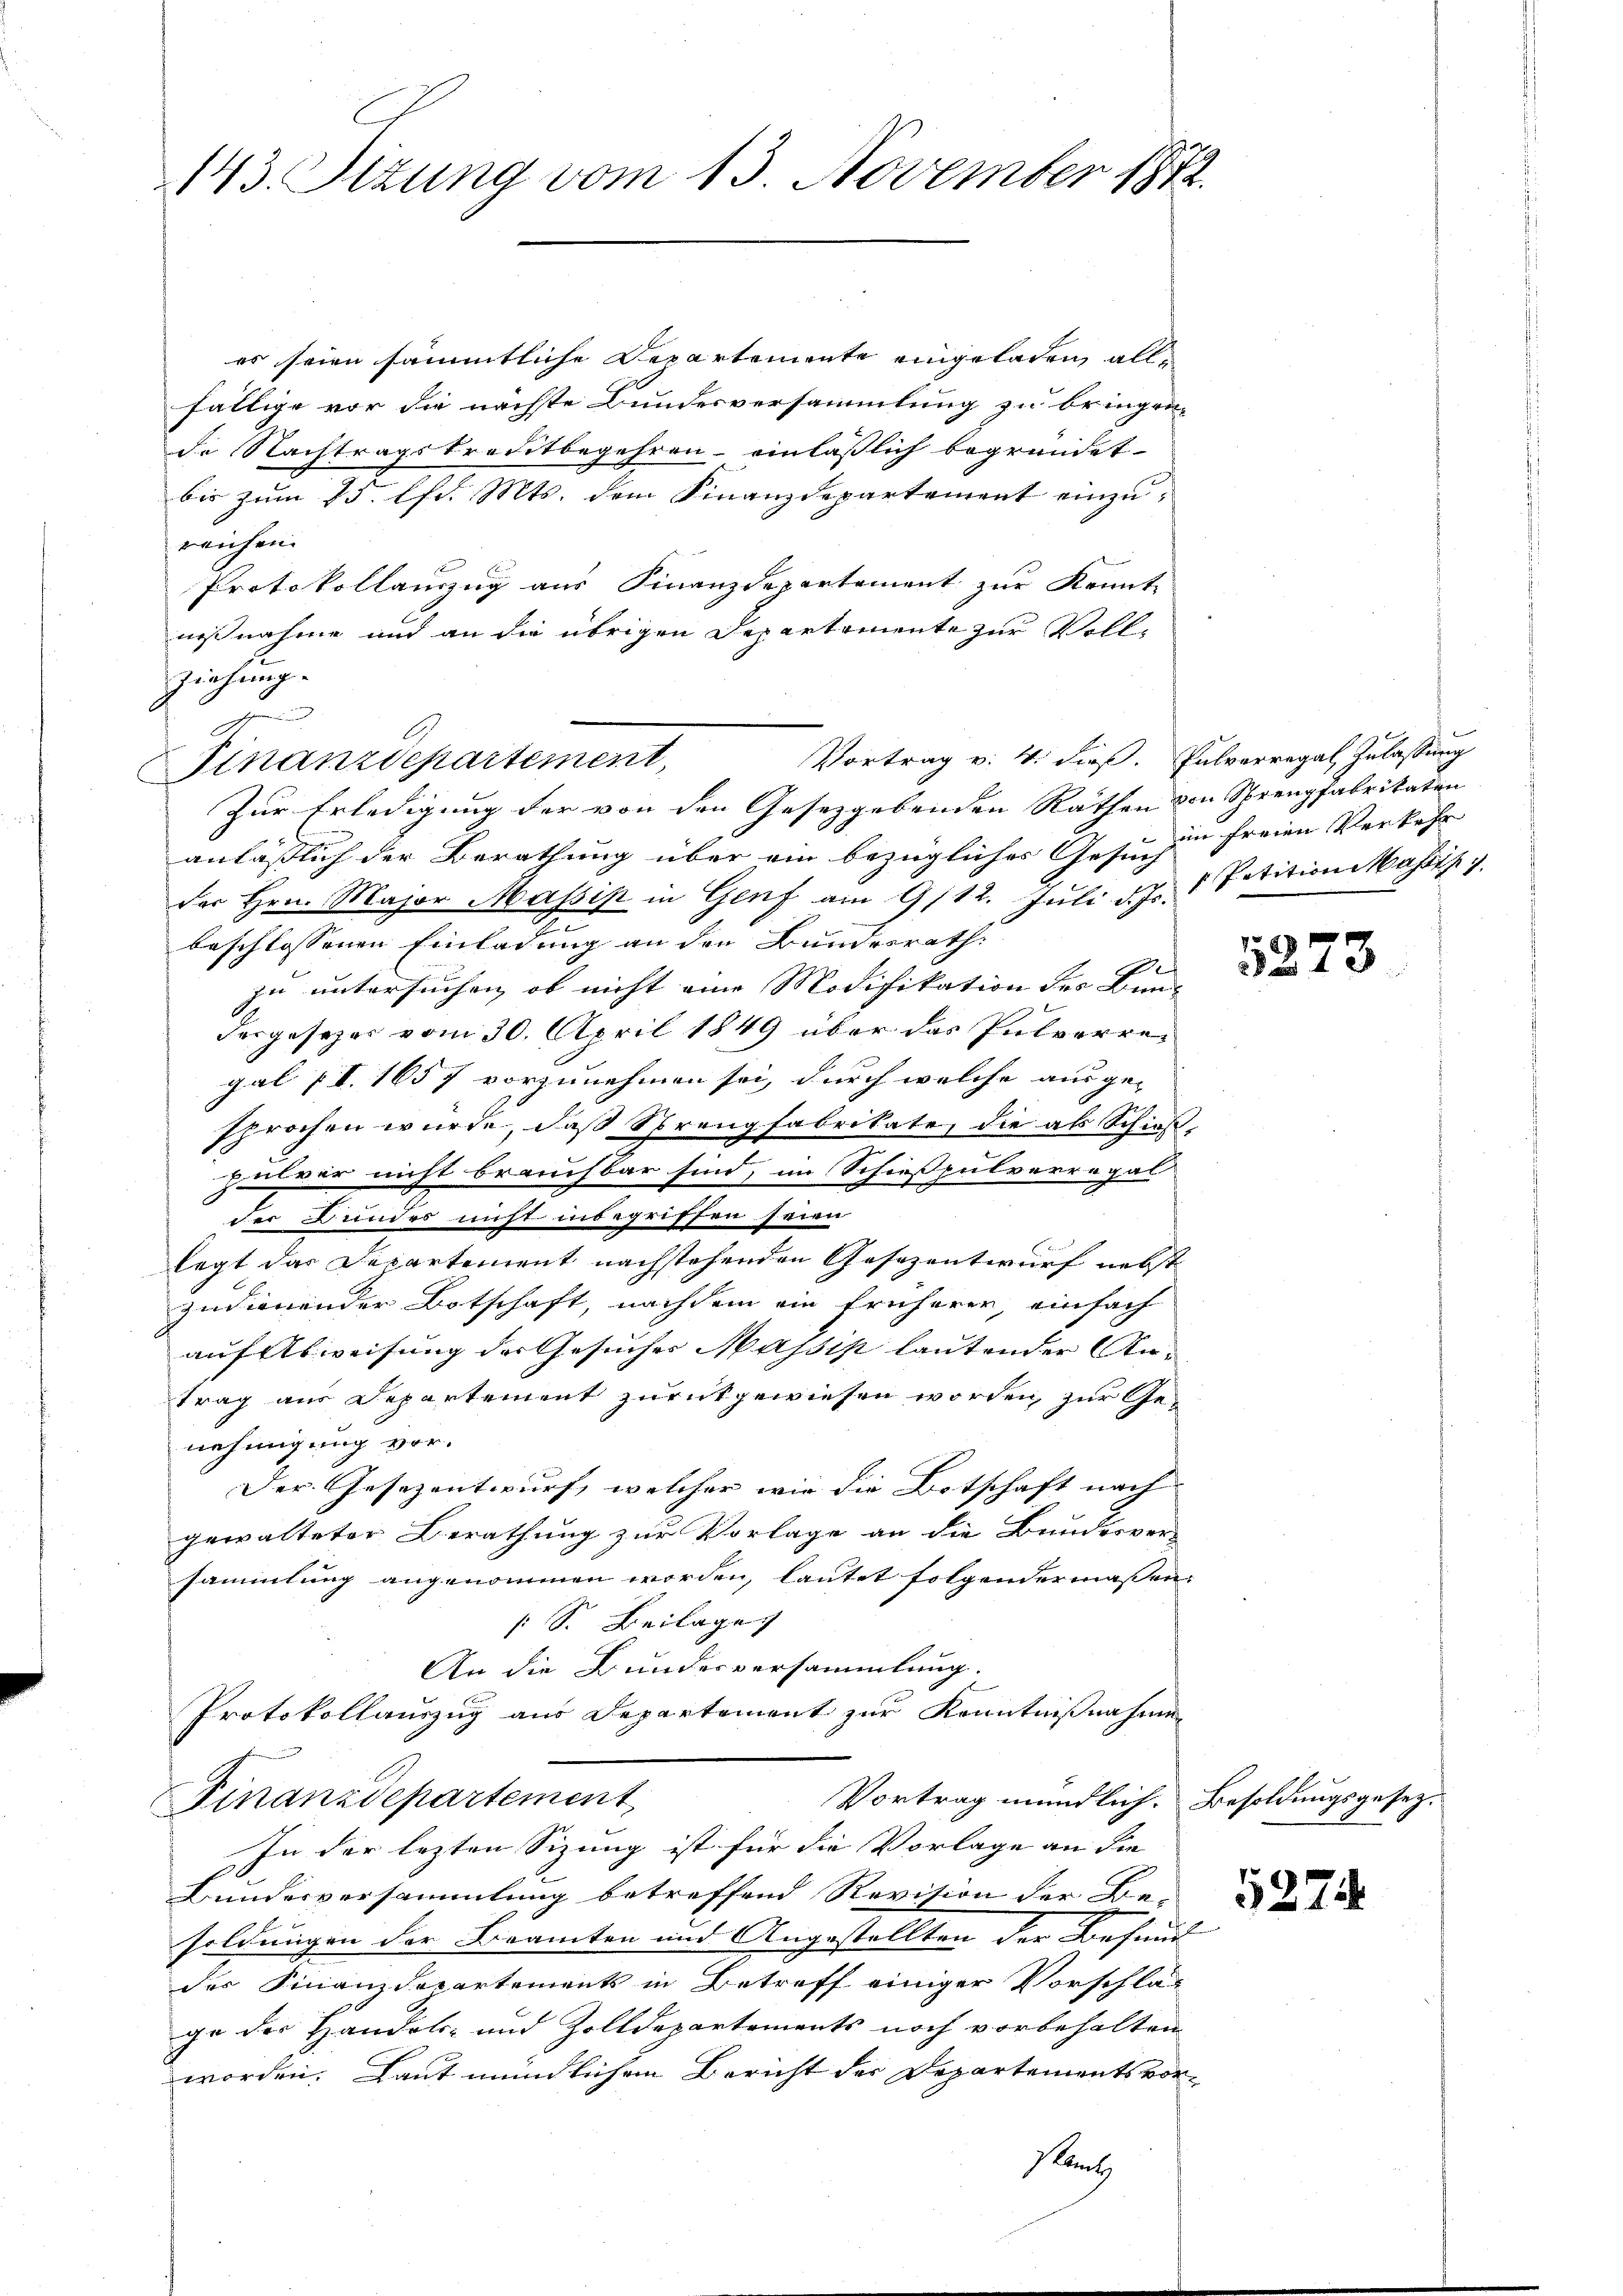
143. Situng vom 13. November 1872

es seien sämmtliche Departemente eingeladen allfällige vor die nächste Bundesversammlung zu bringen.
de Nachtragskreditbegehren einläßlich begründet.
bis zum 15. lfd. Mts. dem Finanzdepartement einzureichen.
Protokollanzug aus Finanzdepartement zur Kennt-
naßnahme und an die übrigen Departemente zur Vollziehung.
Vortrag v. 4. dieß. Pulverregal Zulassung
anläßlich der Berathung über ein bezügliches Gesinz in freien Verkehr
der Hrn. Major Massis in Genf am 9/12. Juli d. Js. Petition Massis v.
beschlossenen Einladung an den Bundesrath
ge
zu untersuchen, ob nicht eine Modifikation des Bundesgesezes vom 30. April 1849 über das Pulverregal (I. 1657 vorzunehmen sei, durch welche ausge-
sprochen wurde, daß Sprengfabrikate, die als Schießhulver nicht brauchbar sind, im Schießpulverragal
der Bundes nicht inbegriffen seien
legt das Departement nachstehenden Gesezentwurf nebst
zudienender Botschaft, nachdem ein früherer, einfach
auf Abweisung der Gesuches Massis lautender An-
trag aus Departement zurückgewiesen worden, zur Genehmigung vor.
Der Gesezentwurf, welcher wie die Botschaft nach
gewalteter Berathung zur Vorlage an die Bundesver-
sammlung angenommen worden, lautet folgendermassen,
 S. Beilage
An die Bundesversammlung.
Protokollauszug aus Departement zur Kenntnißnahmen
Vortrag mündlich. Besoldungsgesez
Finanzdepartement
In der lezten Sizung ist für die Vorlage an die
Bundesversammlung betreffend Revision der Be-
soldungen der Beamten und Angestellten der Befund
der Finanzdepartements in Betreff einiger Vorschläg
ge der Handels- und Zolldepartements noch vorbehalten
worden. Laut mündlichen Bericht der Departements vor-
strat

un
Finanzdepartement,
Zur Erledigung der von den Gesetzgebenden Räthen von Sprengfabrikaten

5273

5274